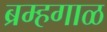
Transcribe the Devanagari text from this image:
ब्रम्हगाळ